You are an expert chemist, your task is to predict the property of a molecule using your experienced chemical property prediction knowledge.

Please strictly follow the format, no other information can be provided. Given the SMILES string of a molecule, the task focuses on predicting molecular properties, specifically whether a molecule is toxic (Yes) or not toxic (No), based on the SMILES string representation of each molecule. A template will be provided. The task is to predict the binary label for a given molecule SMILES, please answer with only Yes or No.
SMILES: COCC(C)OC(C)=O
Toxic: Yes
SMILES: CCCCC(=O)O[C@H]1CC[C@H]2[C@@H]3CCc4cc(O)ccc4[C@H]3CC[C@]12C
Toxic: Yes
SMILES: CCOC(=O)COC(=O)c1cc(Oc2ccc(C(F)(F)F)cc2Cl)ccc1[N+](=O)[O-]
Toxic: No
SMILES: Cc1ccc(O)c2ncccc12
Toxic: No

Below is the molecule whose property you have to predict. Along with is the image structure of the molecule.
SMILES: CC1(C)O[C@@H]2C[C@H]3[C@@H]4CCC5=CC(=O)C=C[C@]5(C)[C@@]4(F)[C@@H](O)C[C@]3(C)[C@]2(C(=O)CO)O1
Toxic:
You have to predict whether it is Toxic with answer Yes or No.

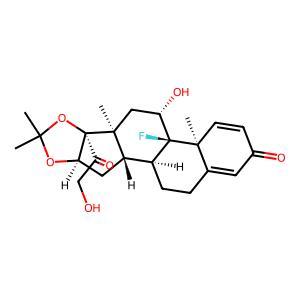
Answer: Yes